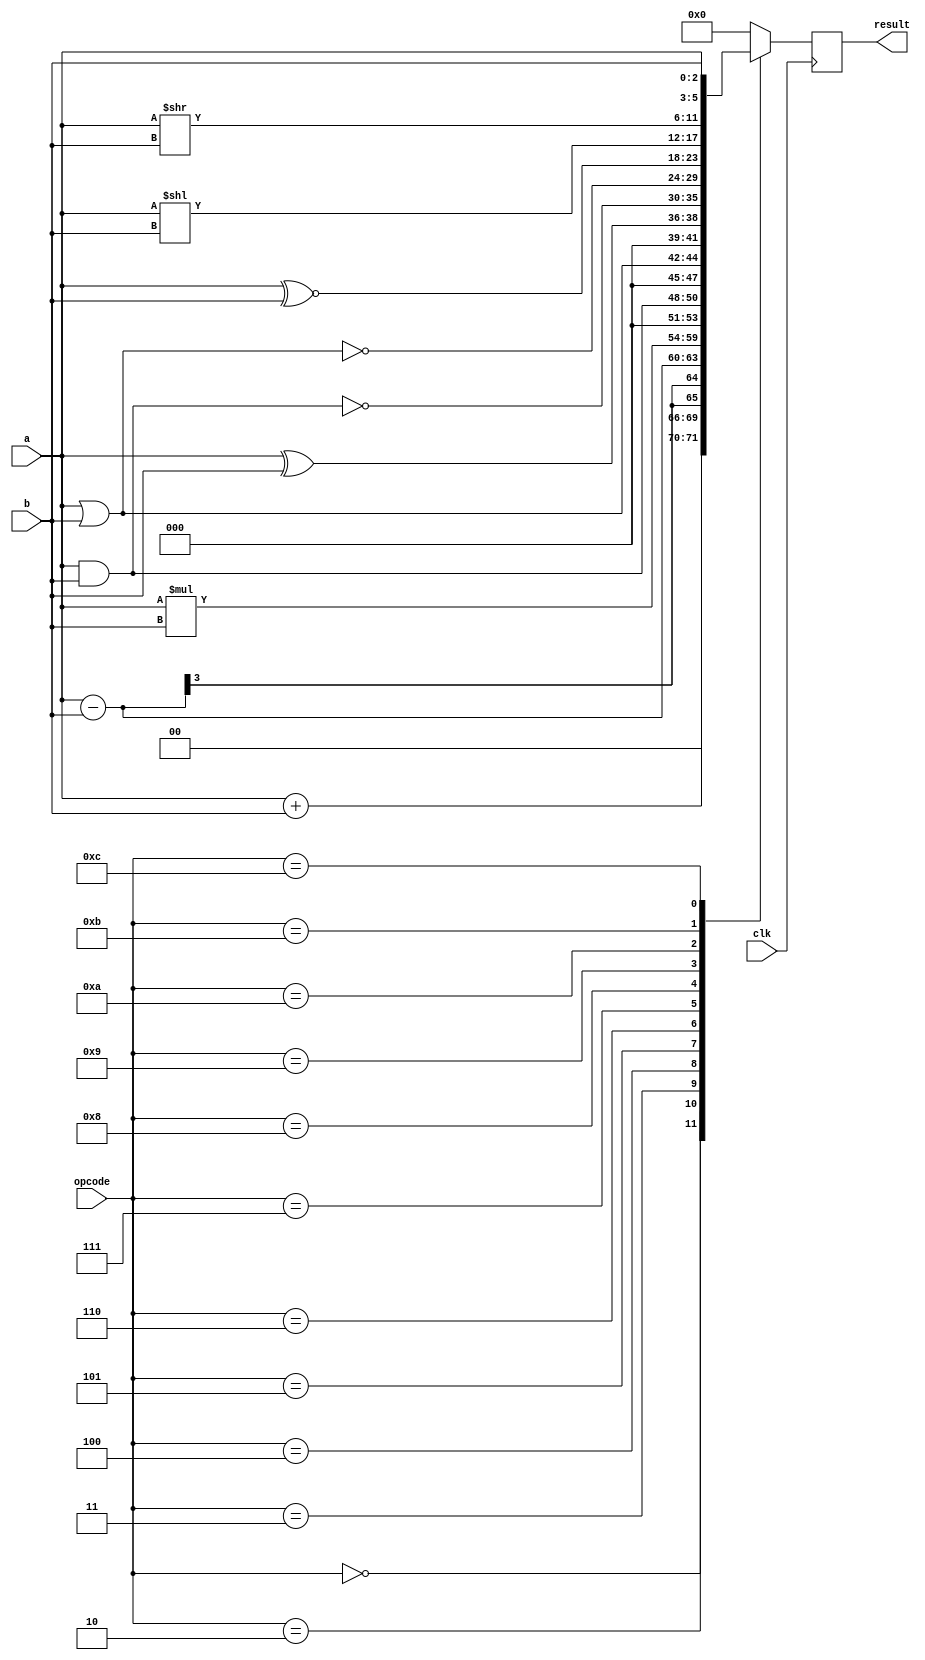
module alu (
    input wire clk,
    input wire[2:0] a,b,
    input wire[3:0] opcode,
    output reg[5:0] result
);
    always@(posedge clk)
    begin
        case(opcode)
        4'b0000: result = a + b ;
        4'b0010: result = a - b ;
        4'b0011: result = a * b ;
        4'b0100: result = a & b ;
        4'b0101: result = a | b ;
        4'b0110: result = a ^ b ;
        4'b0111: result = ~(a & b) ;
        4'b1000: result = ~(a | b) ;
        4'b1001: result = a ~^ b ;
        4'b1010: result = a << b ;
        4'b1011: result = a >> b ;
        4'b1100: result = {a , b} ;
        default: result = 0;
        endcase
    end 

endmodule